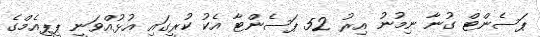
ޕަސެންޓް ގުނާ ނިމުނު އިރު 52 ޕަސެންޓާ އެކު ކުރީގައި އުޅުއްވަނީ ޕީޕީއެމްގެ